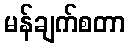
မန်ချက်စတာ